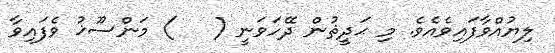
ލިޔުއްވާފައިވެއެވެ. މި ޙަދީޘުން ދޭހަވަނީ (   ) މަންސޫޚު ވެފައިވާ